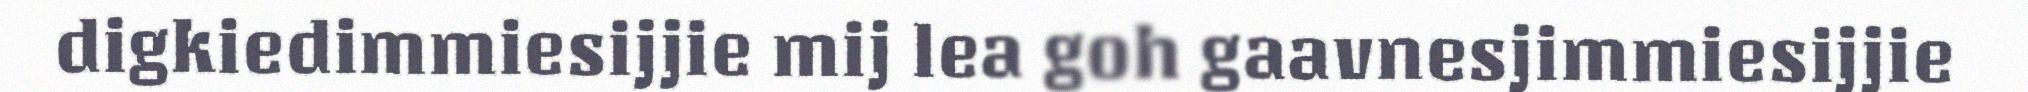
digkiedimmiesijjie mij lea goh gaavnesjimmiesijjie